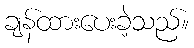
ချန်ထားပေးခဲ့သည်။